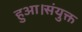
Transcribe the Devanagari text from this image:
हुआ।संयुक्त